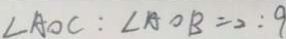
\angle A O C : \angle A O B = 2 : 9